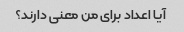
آیا اعداد برای من معنی دارند؟